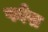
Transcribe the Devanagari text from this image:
फोस